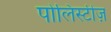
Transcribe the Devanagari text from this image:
पोलिस्टीज़